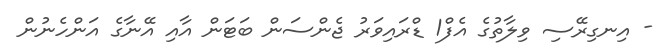
- އިނގިރޭސި ވިލާތުގެ އެފް1 ޑްރައިވަރު ޖެންސަން ބަޓަން އާއި އޭނާގެ އަންހެނުން